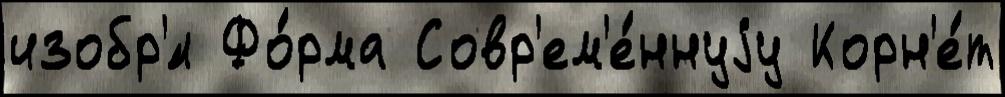
изобр'́л Фо́рма Совр'ем'е́ннуjу Корн'е́т